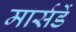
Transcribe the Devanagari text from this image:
मार्सडें